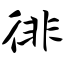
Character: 徘